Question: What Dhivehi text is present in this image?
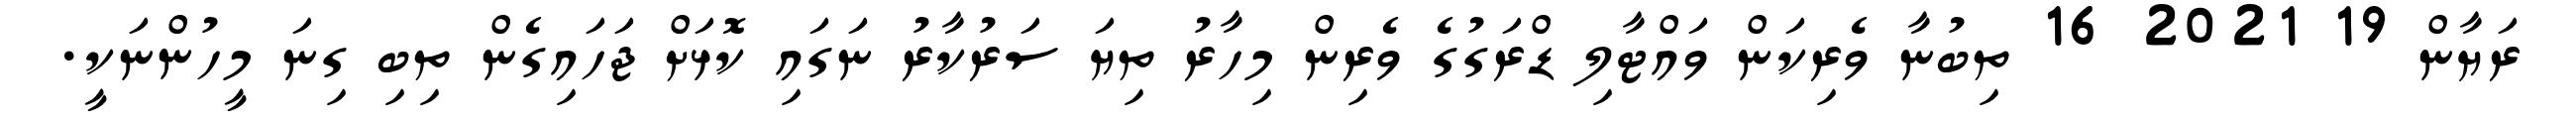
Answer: ރަޔާން 19 2021 16 ތިބުނާ ވެރިކަން ވައްޓާލި ޑްރަގުގެ ވެރިން މިހާރު ތިޔަ ސަރުކާރު ނަގައި ކޮޅަށް ޖަހައިގެން ތިބި ގިނަ މީހުންނަކީ.